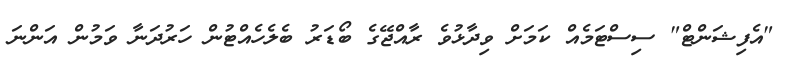
"އެފިޝަންޓް" ސިސްޓަމެއް ކަމަށް ވިދާޅުވެ ރާއްޖޭގެ ބޯޑަރު ބެލެހެއްޓުން ހަރުދަނާ ވަމުން އަންނަ